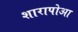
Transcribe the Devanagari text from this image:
शारापोआ